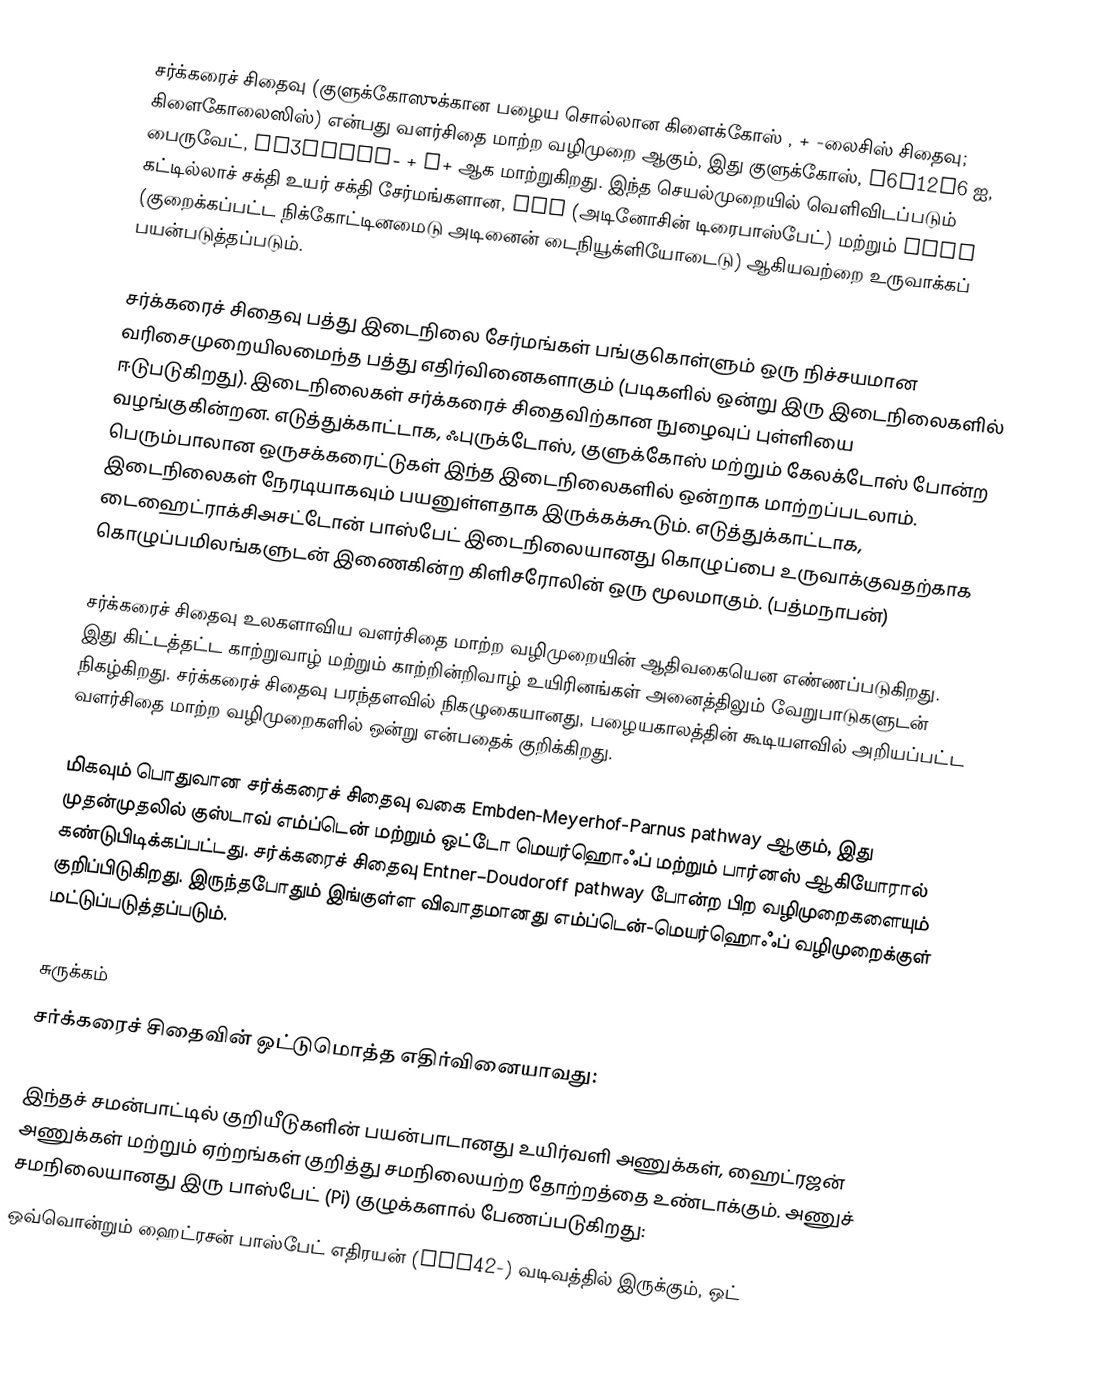
சர்க்கரைச் சிதைவு (குளுக்கோஸுக்கான பழைய சொல்லான கிளைக்கோஸ் , + -லைசிஸ்  சிதைவு; கிளைகோலைஸிஸ்) என்பது வளர்சிதை மாற்ற வழிமுறை ஆகும், இது குளுக்கோஸ், C6H12O6 ஐ, பைருவேட், CH3COCOO− + H+ ஆக மாற்றுகிறது. இந்த செயல்முறையில் வெளிவிடப்படும் கட்டில்லாச் சக்தி உயர் சக்தி சேர்மங்களான, ATP (அடினோசின் டிரைபாஸ்பேட்) மற்றும் NADH (குறைக்கப்பட்ட நிக்கோட்டினமைடு அடினைன் டைநியூக்ளியோடைடு) ஆகியவற்றை உருவாக்கப் பயன்படுத்தப்படும்.

சர்க்கரைச் சிதைவு பத்து இடைநிலை சேர்மங்கள் பங்குகொள்ளும் ஒரு நிச்சயமான வரிசைமுறையிலமைந்த பத்து எதிர்வினைகளாகும் (படிகளில் ஒன்று இரு இடைநிலைகளில் ஈடுபடுகிறது). இடைநிலைகள் சர்க்கரைச் சிதைவிற்கான நுழைவுப் புள்ளியை வழங்குகின்றன. எடுத்துக்காட்டாக, ஃபுருக்டோஸ், குளுக்கோஸ் மற்றும் கேலக்டோஸ் போன்ற பெரும்பாலான ஒருசக்கரைட்டுகள் இந்த இடைநிலைகளில் ஒன்றாக மாற்றப்படலாம். இடைநிலைகள் நேரடியாகவும் பயனுள்ளதாக இருக்கக்கூடும். எடுத்துக்காட்டாக, டைஹைட்ராக்சிஅசட்டோன் பாஸ்பேட் இடைநிலையானது கொழுப்பை உருவாக்குவதற்காக கொழுப்பமிலங்களுடன் இணைகின்ற கிளிசரோலின் ஒரு மூலமாகும். (பத்மநாபன்)

சர்க்கரைச் சிதைவு உலகளாவிய வளர்சிதை மாற்ற வழிமுறையின் ஆதிவகையென எண்ணப்படுகிறது. இது கிட்டத்தட்ட காற்றுவாழ் மற்றும் காற்றின்றிவாழ் உயிரினங்கள் அனைத்திலும் வேறுபாடுகளுடன் நிகழ்கிறது. சர்க்கரைச் சிதைவு பரந்தளவில் நிகழுகையானது, பழையகாலத்தின் கூடியளவில் அறியப்பட்ட வளர்சிதை மாற்ற வழிமுறைகளில் ஒன்று என்பதைக் குறிக்கிறது.

மிகவும் பொதுவான சர்க்கரைச் சிதைவு வகை Embden-Meyerhof-Parnus pathway  ஆகும், இது முதன்முதலில் குஸ்டாவ் எம்ப்டென் மற்றும் ஒட்டோ மெயர்ஹொஃப் மற்றும் பார்னஸ் ஆகியோரால் கண்டுபிடிக்கப்பட்டது. சர்க்கரைச் சிதைவு Entner–Doudoroff pathway  போன்ற பிற வழிமுறைகளையும் குறிப்பிடுகிறது. இருந்தபோதும் இங்குள்ள விவாதமானது எம்ப்டென்-மெயர்ஹொஃப் வழிமுறைக்குள் மட்டுப்படுத்தப்படும்.

சுருக்கம்
சர்க்கரைச் சிதைவின் ஒட்டுமொத்த எதிர்வினையாவது:

இந்தச் சமன்பாட்டில் குறியீடுகளின் பயன்பாடானது உயிர்வளி அணுக்கள், ஹைட்ரஜன் அணுக்கள் மற்றும் ஏற்றங்கள் குறித்து சமநிலையற்ற தோற்றத்தை உண்டாக்கும். அணுச் சமநிலையானது இரு பாஸ்பேட் (Pi) குழுக்களால் பேணப்படுகிறது:
 ஒவ்வொன்றும் ஹைட்ரசன் பாஸ்பேட் எதிரயன் (HPO42-) வடிவத்தில் இருக்கும், ஒட்